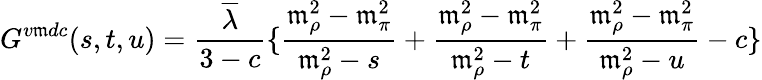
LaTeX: G^{v\mathfrak{m}dc}(s,t,u)=\frac{{\overline{{{{\lambda}}}}}}{{3-c}}\{ \frac{{\mathfrak{m}_{\rho}^{2}-\mathfrak{m}_{\pi}^{2}}}{{\mathfrak{m}_{\rho}^{2}-s}}+\frac{{\mathfrak{m}_{\rho}^{2}-\mathfrak{m}_{\pi}^{2}}}{{\mathfrak{m}_{\rho}^{2}-t}}+\frac{{\mathfrak{m}_{\rho}^{2}-\mathfrak{m}_{\pi}^{2}}}{{\mathfrak{m}_{\rho}^{2}-u}}-c\}